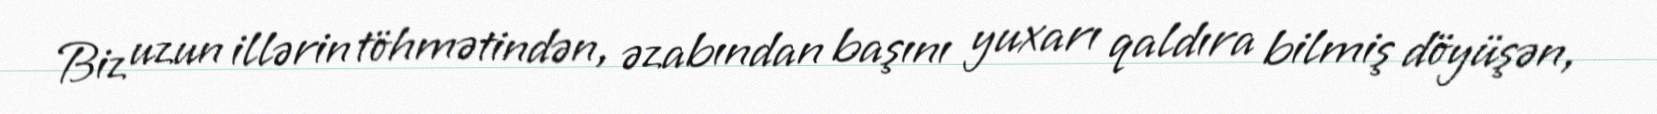
Biz uzun illərin töhmətindən, əzabından başını yuxarı qaldıra bilmiş döyüşən,